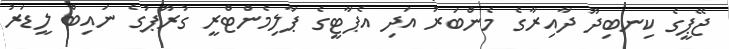
ޖޭޕީގެ ކިނބިދޫ ދާއިރާގެ މެންބަރު އަދި އެޕާޓީގެ ޕާލިމެންޓްރީ ގުރޫޕުގެ ނައިބް ލީޑަރު